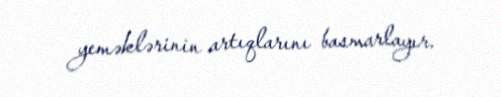
yeməklərinin artıqlarını basmarlayır.